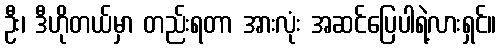
ဦး၊ ဒီဟိုတယ်မှာ တည်းရတာ အားလုံး အဆင်ပြေပါရဲ့လားရှင်။